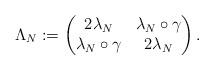
LaTeX: \begin{align*}\Lambda_N:=\begin{pmatrix} 2 \lambda_{N} & \lambda_{N} \circ \gamma\\ \lambda_{N} \circ \gamma & 2 \lambda_{N} \end{pmatrix}.\end{align*}